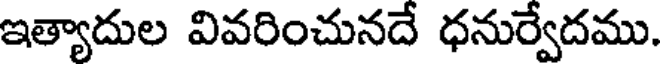
ఇత్యాదుల వివరించునదే ధనుర్వేదము.